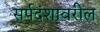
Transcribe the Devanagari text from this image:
सर्पदंशावरील